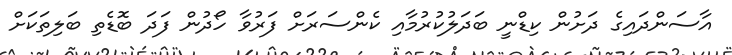
އާސަންދައިގެ ދަށުން ކިޑްނީ ބަދަލުކުރުމާއި ކެންސަރަށް ފަރުވާ ހޯދުން ފަދަ ބޮޑެތި ބަލިތަކަށް